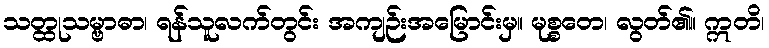
သတ္ထုသမ္ဗာဓာ၊ ရန်သူလက်တွင်း အကျဉ်းအမြောင်းမှ။ မုစ္စတေ၊ လွတ်၏။ ဣတိ၊